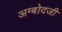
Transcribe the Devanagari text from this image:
अग्बोदजी